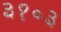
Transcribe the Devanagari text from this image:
३१०३